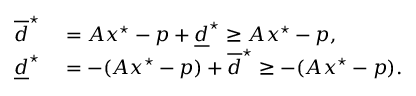
\begin{array} { r l } { \overline { d } ^ { \star } } & { { } = A x ^ { \star } - p + \underline { d } ^ { \star } \geq A x ^ { \star } - p , } \\ { \underline { d } ^ { \star } } & { { } = - ( A x ^ { \star } - p ) + \overline { d } ^ { \star } \geq - ( A x ^ { \star } - p ) . } \end{array}